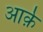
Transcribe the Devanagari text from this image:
आर्क़